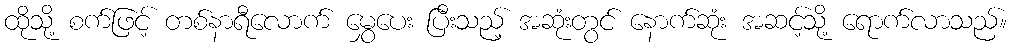
ထိုသို့ စက်ဖြင့် တစ်နာရီလောက် မွှေပေး ပြီးသည့် အဆုံးတွင် နောက်ဆုံး အဆင့်သို့ ရောက်လာသည်။